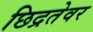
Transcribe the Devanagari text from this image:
छिद्रतेवर